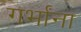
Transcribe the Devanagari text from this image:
गर्भांना